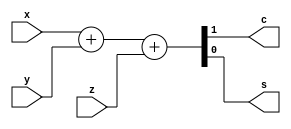
module FA(input  x,y,z,
          output c,s);

assign {c,s} = x+y+z;

endmodule